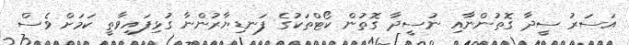
އަސަރު ސީދާ ގޮތުންނާއި ނުސީދާ ގޮތުން ކޯޓްތަކުގެ ފަނޑިޔާރުންނާ ގުޅިފައިވާތީ ކަމަށް ވެސް